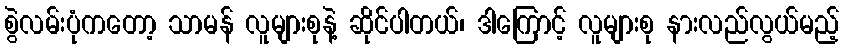
စွဲလမ်းပုံကတော့ သာမန် လူများစုနဲ့ ဆိုင်ပါတယ်၊ ဒါကြောင့် လူများစု နားလည်လွယ်မည့်